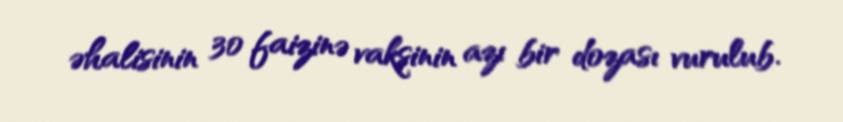
əhalisinin 30 faizinə vaksinin azı bir dozası vurulub.